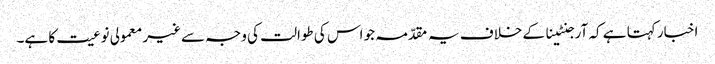
اخبار کہتا ہے کہ آرجنٹینا کے خلاف یہ مقدّمہ جو اس کی طوالت کی وجہ سےغیر معمولی نوعیت کا ہے۔